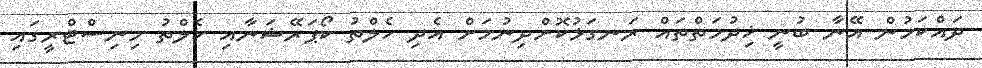
ދައްކަމުން އޭނާ ބުނީ ޚިދުމަތްތައް ރަނގަޅުކޮށްދިނުމަށް އެދި ހެލްތު ކޯޕަރޭޝަނާއި ހެލްތު މިނިސްޓްރީގައި